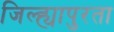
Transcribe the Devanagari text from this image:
जिल्ह्यापुरता